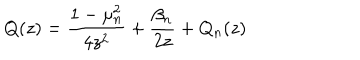
Q ( z ) = \frac { 1 - \mu _ { n } ^ { 2 } } { 4 z ^ { 2 } } + \frac { \beta _ { n } } { 2 z } + Q _ { n } ( z )